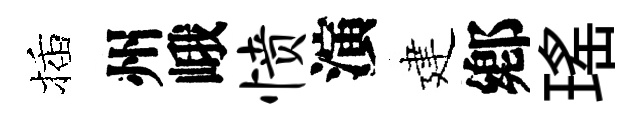
插州峨愤演建鄕瑤